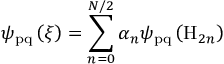
\psi _ { \mathrm { p q } } \left( \xi \right) = \sum _ { n = 0 } ^ { N / 2 } \alpha _ { n } \psi _ { \mathrm { p q } } \left( \mathrm { H } _ { 2 n } \right)